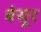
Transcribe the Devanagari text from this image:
बेसूर